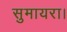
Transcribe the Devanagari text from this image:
सुमायरा।